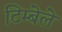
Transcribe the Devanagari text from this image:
टिम्बेले